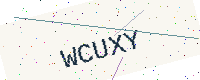
Text: WCUXY